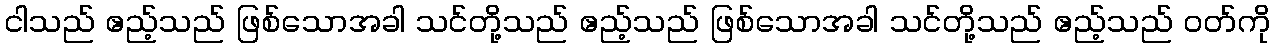
ငါသည် ဧည့်သည် ဖြစ်သောအခါ သင်တို့သည် ဧည့်သည် ဖြစ်သောအခါ သင်တို့သည် ဧည့်သည် ဝတ်ကို